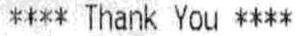
**** THANK YOU ****